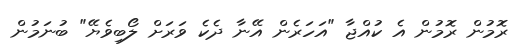
ރޮމުން ރޮމުން އެ ކުއްޖާ "އަހަރެން އޭނާ ދެކެ ވަރަށް ލޯބިވެޔޭ" ބުނަމުން